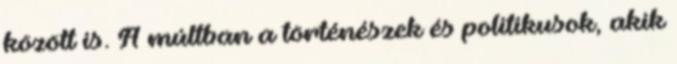
között is. A múltban a történészek és politikusok, akik